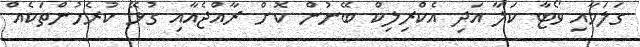
ގަލަމާއި ވޯޓާ ކަލާ އަދި އެކްރިލިކް ބޭނުން ކޮށް ރާއްޖެއާއި ގުޅޭ ކުރެހުންތަކެއް